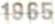
1965